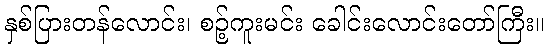
နှစ်ပြားတန်လောင်း၊ စဉ့်ကူးမင်း ခေါင်းလောင်းတော်ကြီး။